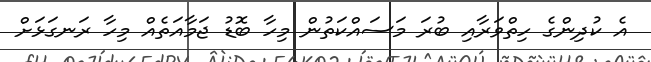
އެ ކުދިންގެ ހިތްވަރާއި ބުރަ މަސައްކަތުން މިހާ ބޮޑު ޖަމާއަތެއް މިހާ ރަނގަޅަށް